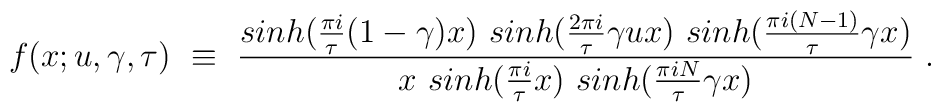
f(x; u, \gamma, \tau) ~\equiv~ {{sinh\big({\pi i \over \tau}(1 - \gamma) x \big) ~ sinh\big({2 \pi i \over \tau}  \gamma u x\big)~sinh\big({\pi i (N-1) \over \tau}  \gamma  x \big)} \over{x ~ sinh\big({\pi i \over \tau} x \big)~ sinh\big({\pi i N \over\tau}\gamma x \big)}} \ .